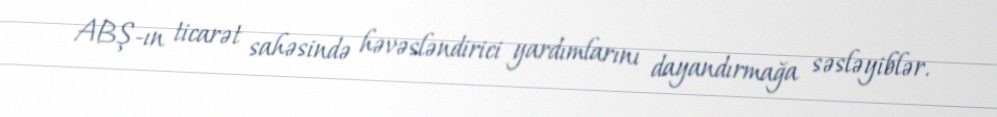
ABŞ-ın ticarət sahəsində həvəsləndirici yardımlarını dayandırmağa səsləyiblər.